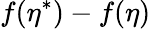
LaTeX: f(\eta^{*})-f(\eta)